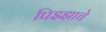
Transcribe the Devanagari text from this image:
पिझ्झाचे